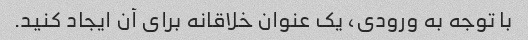
با توجه به ورودی، یک عنوان خلاقانه برای آن ایجاد کنید.